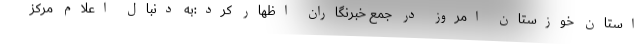
استان خوزستان امروز در جمع خبرنگاران اظهار کرد:به دنبال اعلام مرکز